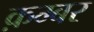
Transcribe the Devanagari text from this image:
क़म्बर